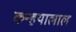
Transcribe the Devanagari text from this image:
कन्हयालाल